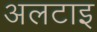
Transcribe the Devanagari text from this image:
अलटाइ